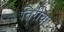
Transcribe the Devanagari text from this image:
तिरीया